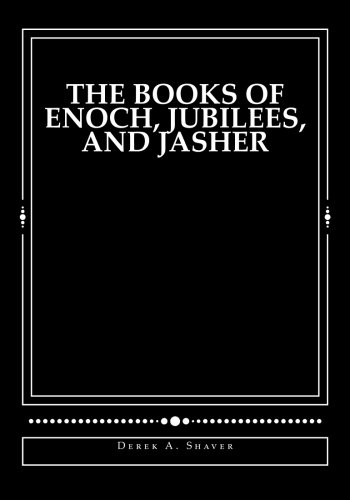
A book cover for The Books of Enoch, Jubilees, and Jasher; Derek A. Shaver; Christian Books & Bibles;